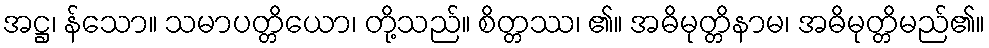
အဋ္ဌ၊ န်သော။ သမာပတ္တိယော၊ တို့သည်။ စိတ္တဿ၊ ၏။ အဓိမုတ္တိနာမ၊ အဓိမုတ္တိမည်၏။